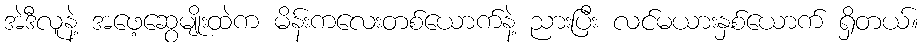
အဲဒီလူနဲ့ အဖေ့ဆွေမျိုးထဲက မိန်းကလေးတစ်ယောက်နဲ့ ညားပြီး လင်မယားနှစ်ယောက် ရှိတယ်။